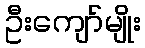
ဦးကျော်မျိုး